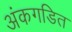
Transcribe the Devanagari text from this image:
अंकगडित